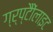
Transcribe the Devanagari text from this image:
ग्र्प्टैैोंलाइट